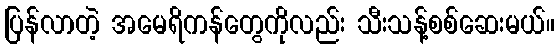
ပြန်လာတဲ့ အမေရိကန်တွေကိုလည်း သီးသန့်စစ်ဆေးမယ်။